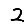
Digit: 2